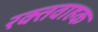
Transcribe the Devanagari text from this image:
रक्तवाहक